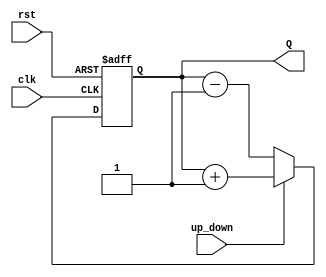
module up_down_counter #(
    parameter N = 4  // Width of the counter (number of bits)
)(
    input wire clk,            // Clock input
    input wire rst,            // Asynchronous reset input
    input wire up_down,        // Control signal for counting direction (1 = up, 0 = down)
    output reg [N-1:0] Q       // Count output
);

    // Always block for counting logic
    always @(posedge clk or posedge rst) begin
        if (rst) begin
            Q <= 0;  // Asynchronous reset to zero
        end else begin
            if (up_down) begin
                Q <= Q + 1;  // Increment count
            end else begin
                Q <= Q - 1;  // Decrement count
            end
        end
    end

endmodule